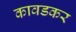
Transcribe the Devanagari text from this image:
कावडकर